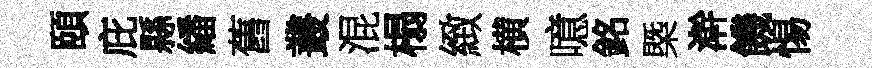
頤庇縣繙舊叢混榻緻横噫銘槩澣饑惕